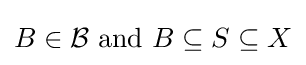
B\in {\mathcal {B}}{\text{ and }}B\subseteq S\subseteq X